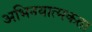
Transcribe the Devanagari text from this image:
अभिनयात्मकता